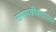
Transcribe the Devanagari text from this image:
संगणकीकरणावर